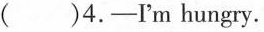
( )4.——Im hungry.